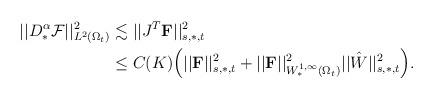
LaTeX: \begin{align*}||D^{\alpha}_{\ast}\mathcal{F}||^2_{L^2(\Omega_t)}&\lesssim||J^T\mathbf{F}||^2_{s,\ast,t}\\&\leq C(K)\Big(||\mathbf{F}||^2_{s,\ast,t}+||\mathbf{F}||^2_{W^{1,\infty}_{\ast}(\Omega_t)}||\hat{W}||^2_{s,\ast,t}\Big).\end{align*}